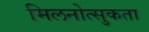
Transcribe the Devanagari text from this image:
मिलनोत्सुकता